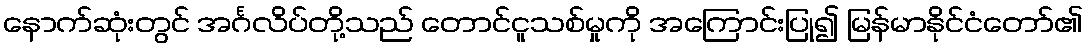
နောက်ဆုံးတွင် အင်္ဂလိပ်တို့သည် တောင်ငူသစ်မှုကို အကြောင်းပြု၍ မြန်မာနိုင်ငံတော်၏